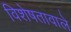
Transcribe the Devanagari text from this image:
विशेषतावाले